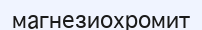
магнезиохромит